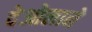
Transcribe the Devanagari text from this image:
देओलाने